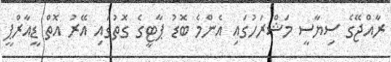
ރާއްޖޭގެ ސިޔާސީ މަޝްރަހުގައި އެންމެ ބޮޑު ޕާޓީގެ ގޮތުގައި އޭރު އޮތް ޑީއާރްޕީ